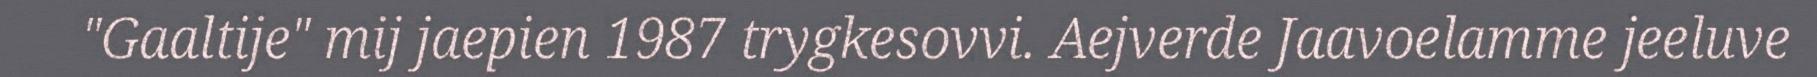
"Gaaltije" mij jaepien 1987 trygkesovvi. Aejverde Jaavoelamme jeeluve